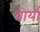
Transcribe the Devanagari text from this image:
बोर्या